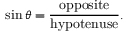
\sin \theta = { \frac { \mathrm { o p p o s i t e } } { \mathrm { h y p o t e n u s e } } } .